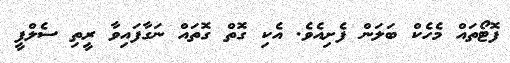
ފޮޓޯތައް މެހެކް ބަލަން ފެށިއެވެ. އެކި ގޮތް ގޮތައް ނަގާފައިވާ ރީތި ސެލްފީ